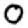
Digit: 0